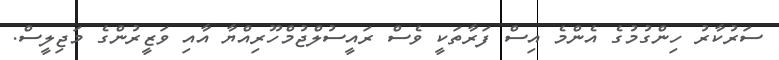
ސަރުކާރު ހިންގުމުގެ އެންމެ އިސް ފަރާތަކީ ވެސް ރައީސުލްޖުމްހޫރިއްޔާ އާއި ވަޒީރުންގެ މަޖިލީސް.